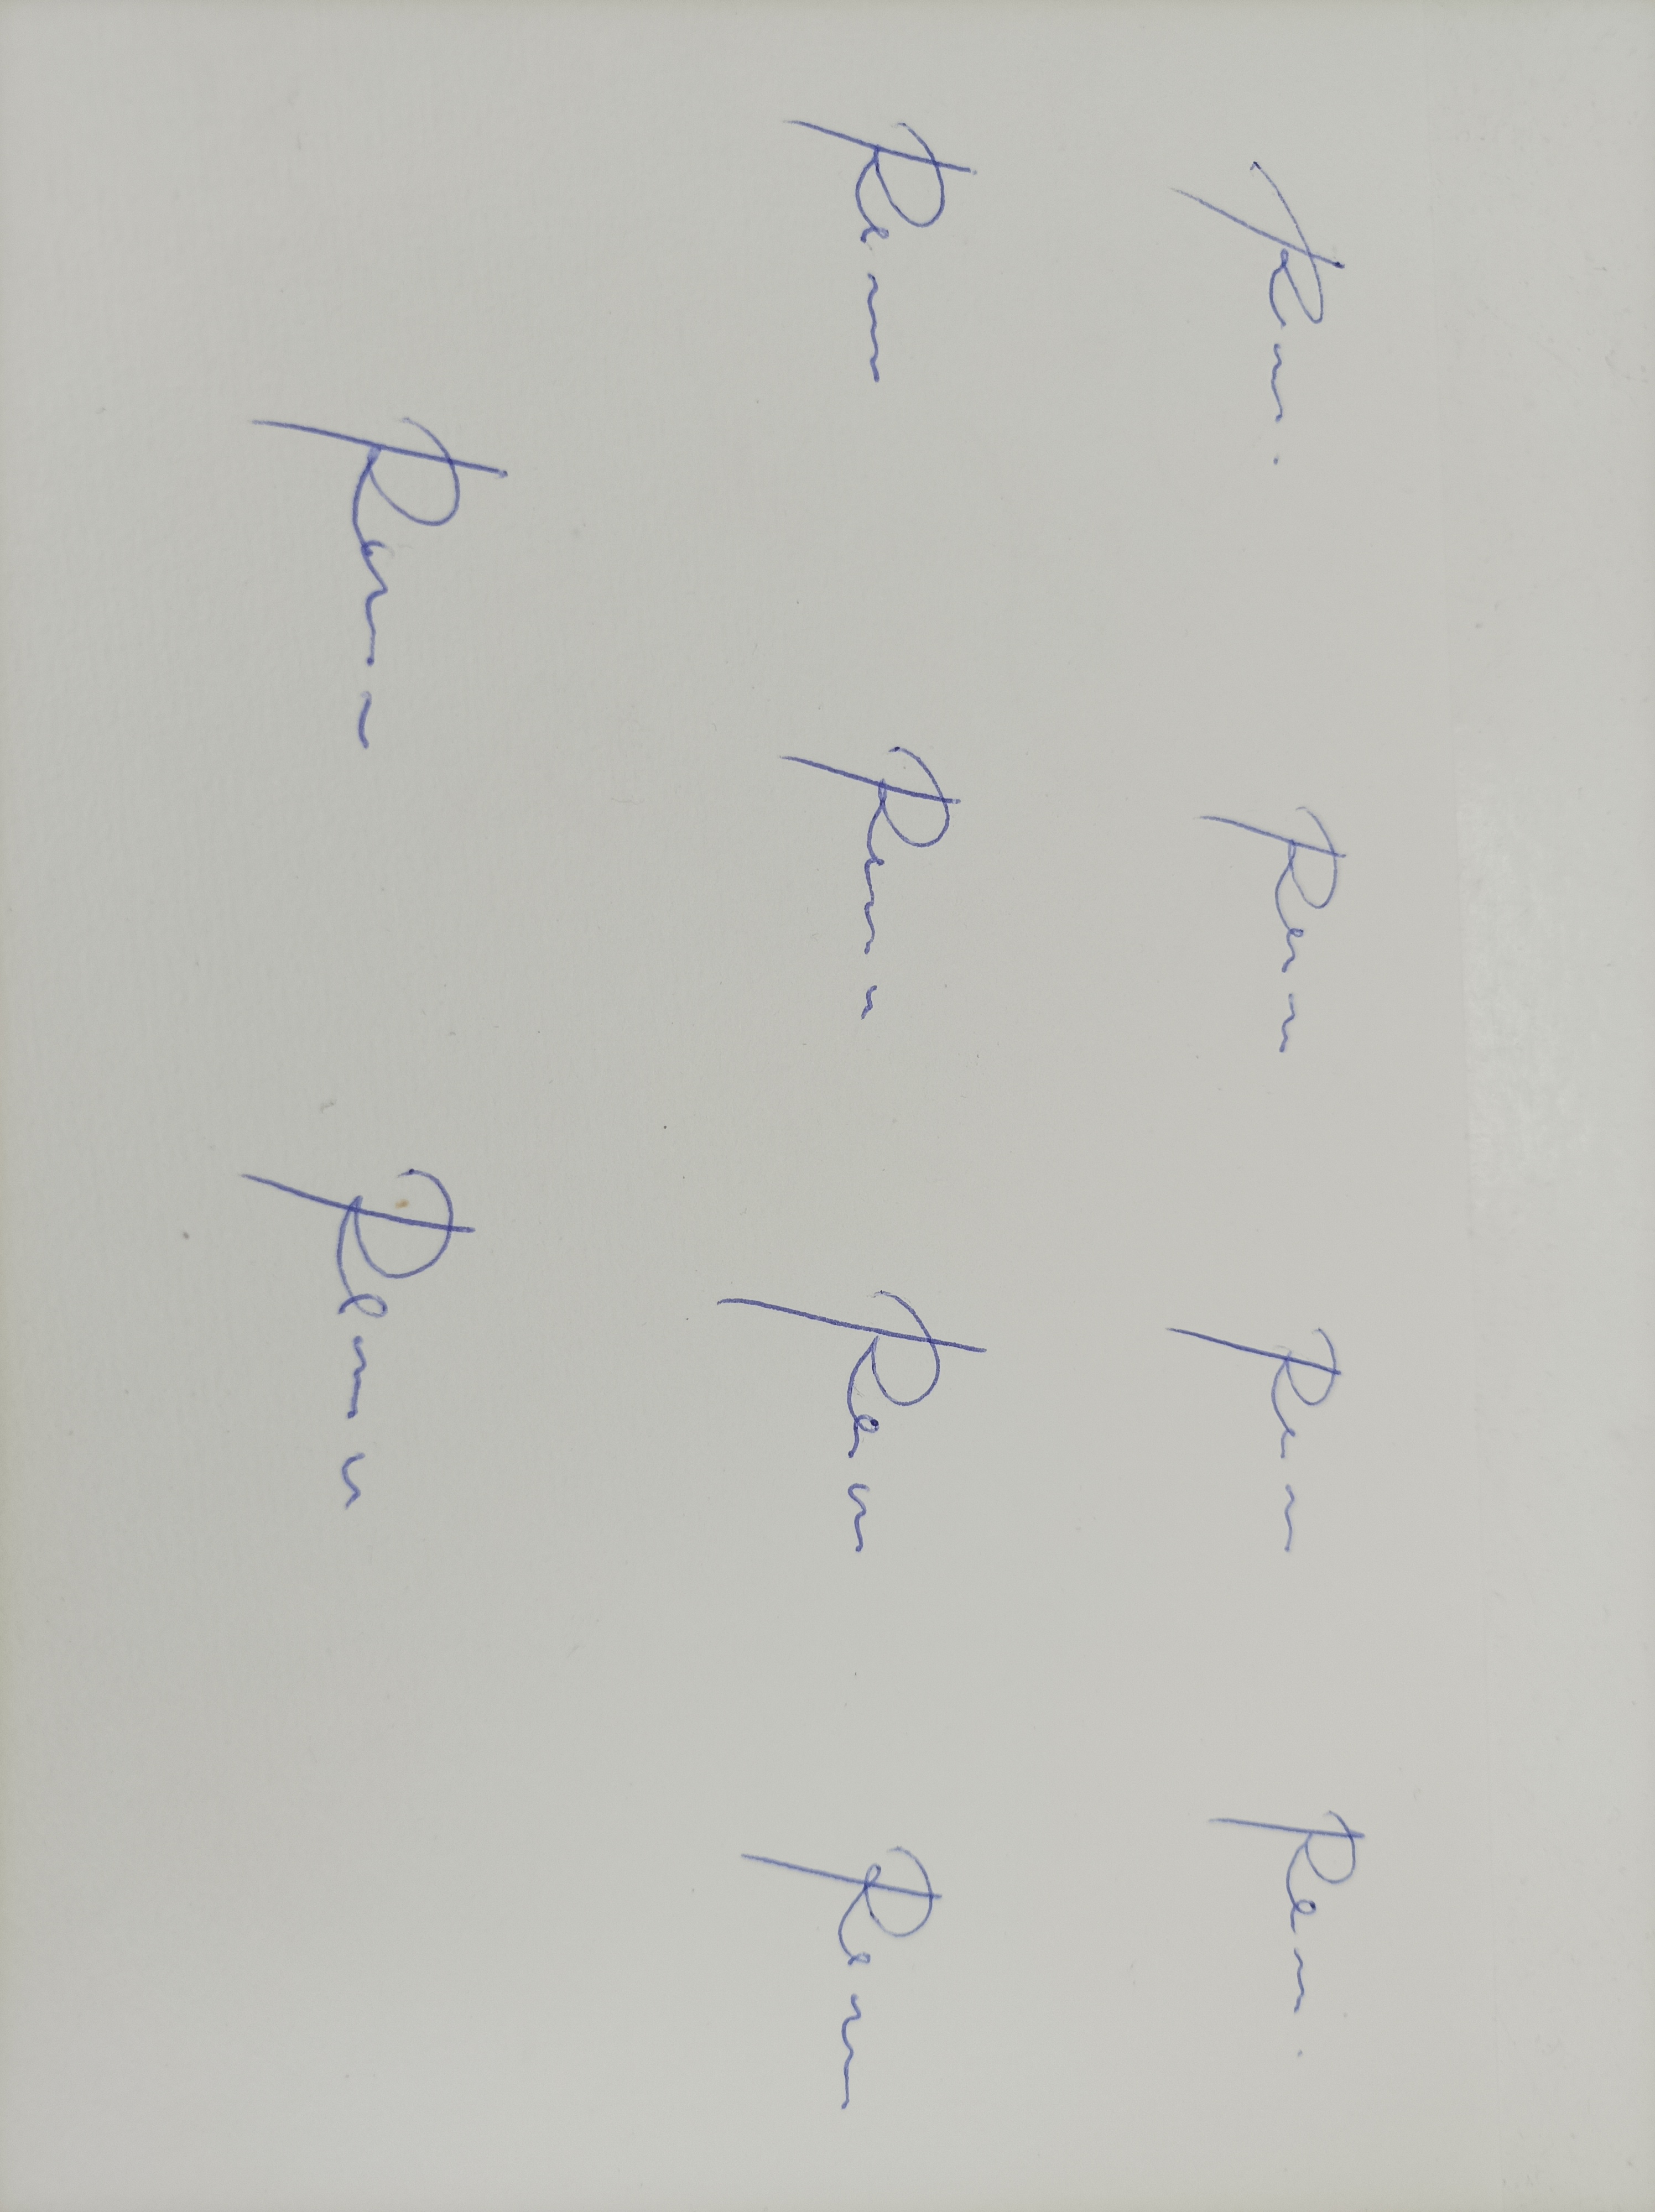
Signature authenticity: genuine